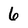
Character: 6